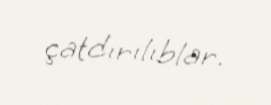
çatdırılıblar.